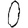
Digit: 0